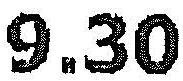
9.30